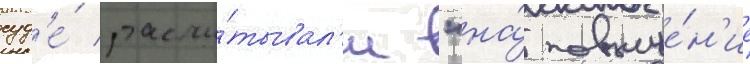
суд'е́ рассчи́тывал'и "на́ повыше́н'ие